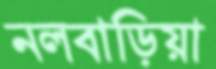
নলবাড়িয়া